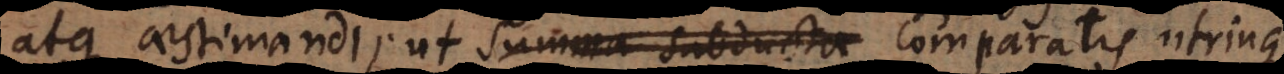
atque aestimandi; ut summa subducta comparatis utrinque